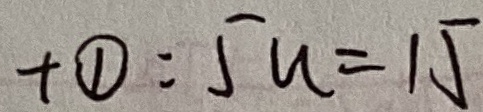
+ \textcircled { 1 } = 5 u = 1 5